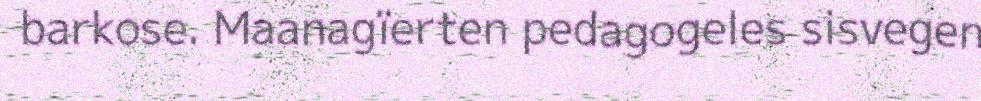
barkose. Maanagïerten pedagogeles sisvegen